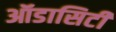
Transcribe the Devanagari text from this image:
ऑडासिटी